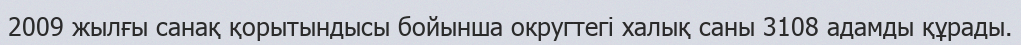
2009 жылғы санақ қорытындысы бойынша округтегі халық саны 3108 адамды құрады.